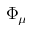
\Phi _ { \mu }